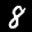
Label: 8